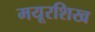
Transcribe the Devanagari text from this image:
मयूरशिख